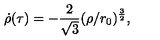
\dot { \rho } ( \tau ) = - \frac { 2 } { \sqrt { 3 } } ( \rho / r _ { 0 } ) ^ { \frac { 3 } { 2 } } ,